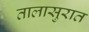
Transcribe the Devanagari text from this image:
तालासुरात